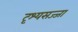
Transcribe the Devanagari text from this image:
दृश्यसज्जा